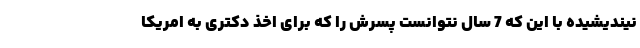
نیندیشیده با این که 7 سال نتوانست پسرش را که برای اخذ دکتری به امریکا